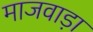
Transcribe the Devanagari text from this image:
माजवाड़ा